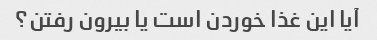
آیا این غذا خوردن است یا بیرون رفتن؟